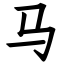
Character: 马